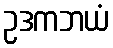
ဥဒကဘယံ